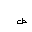
Letter: _sad